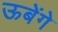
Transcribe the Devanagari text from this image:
ऊबेंगे